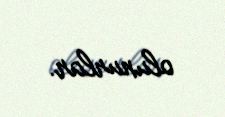
olunurlar.